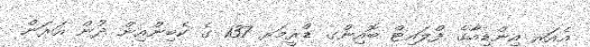
އެއަރ އިންޑިއާގެ ފްލައިޓް ބޮއިންގ ޑްރީމަރ 137 ގެ ކެބިންއިން ދުން އަރަން